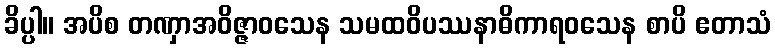
ခိပ္ပါ။ အပိစ တဏှာအဝိဇ္ဇာဝသေန သမထဝိပဿနာဓိကာရဝသေန စာပိ ဧတာသံ